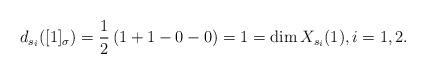
LaTeX: \begin{align*}d_{s_i}([1]_\sigma) = \frac 12\left(1+1-0-0\right)=1 = \dim X_{s_i}(1),i=1,2.\end{align*}